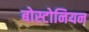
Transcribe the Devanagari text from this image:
बोस्टोनियन